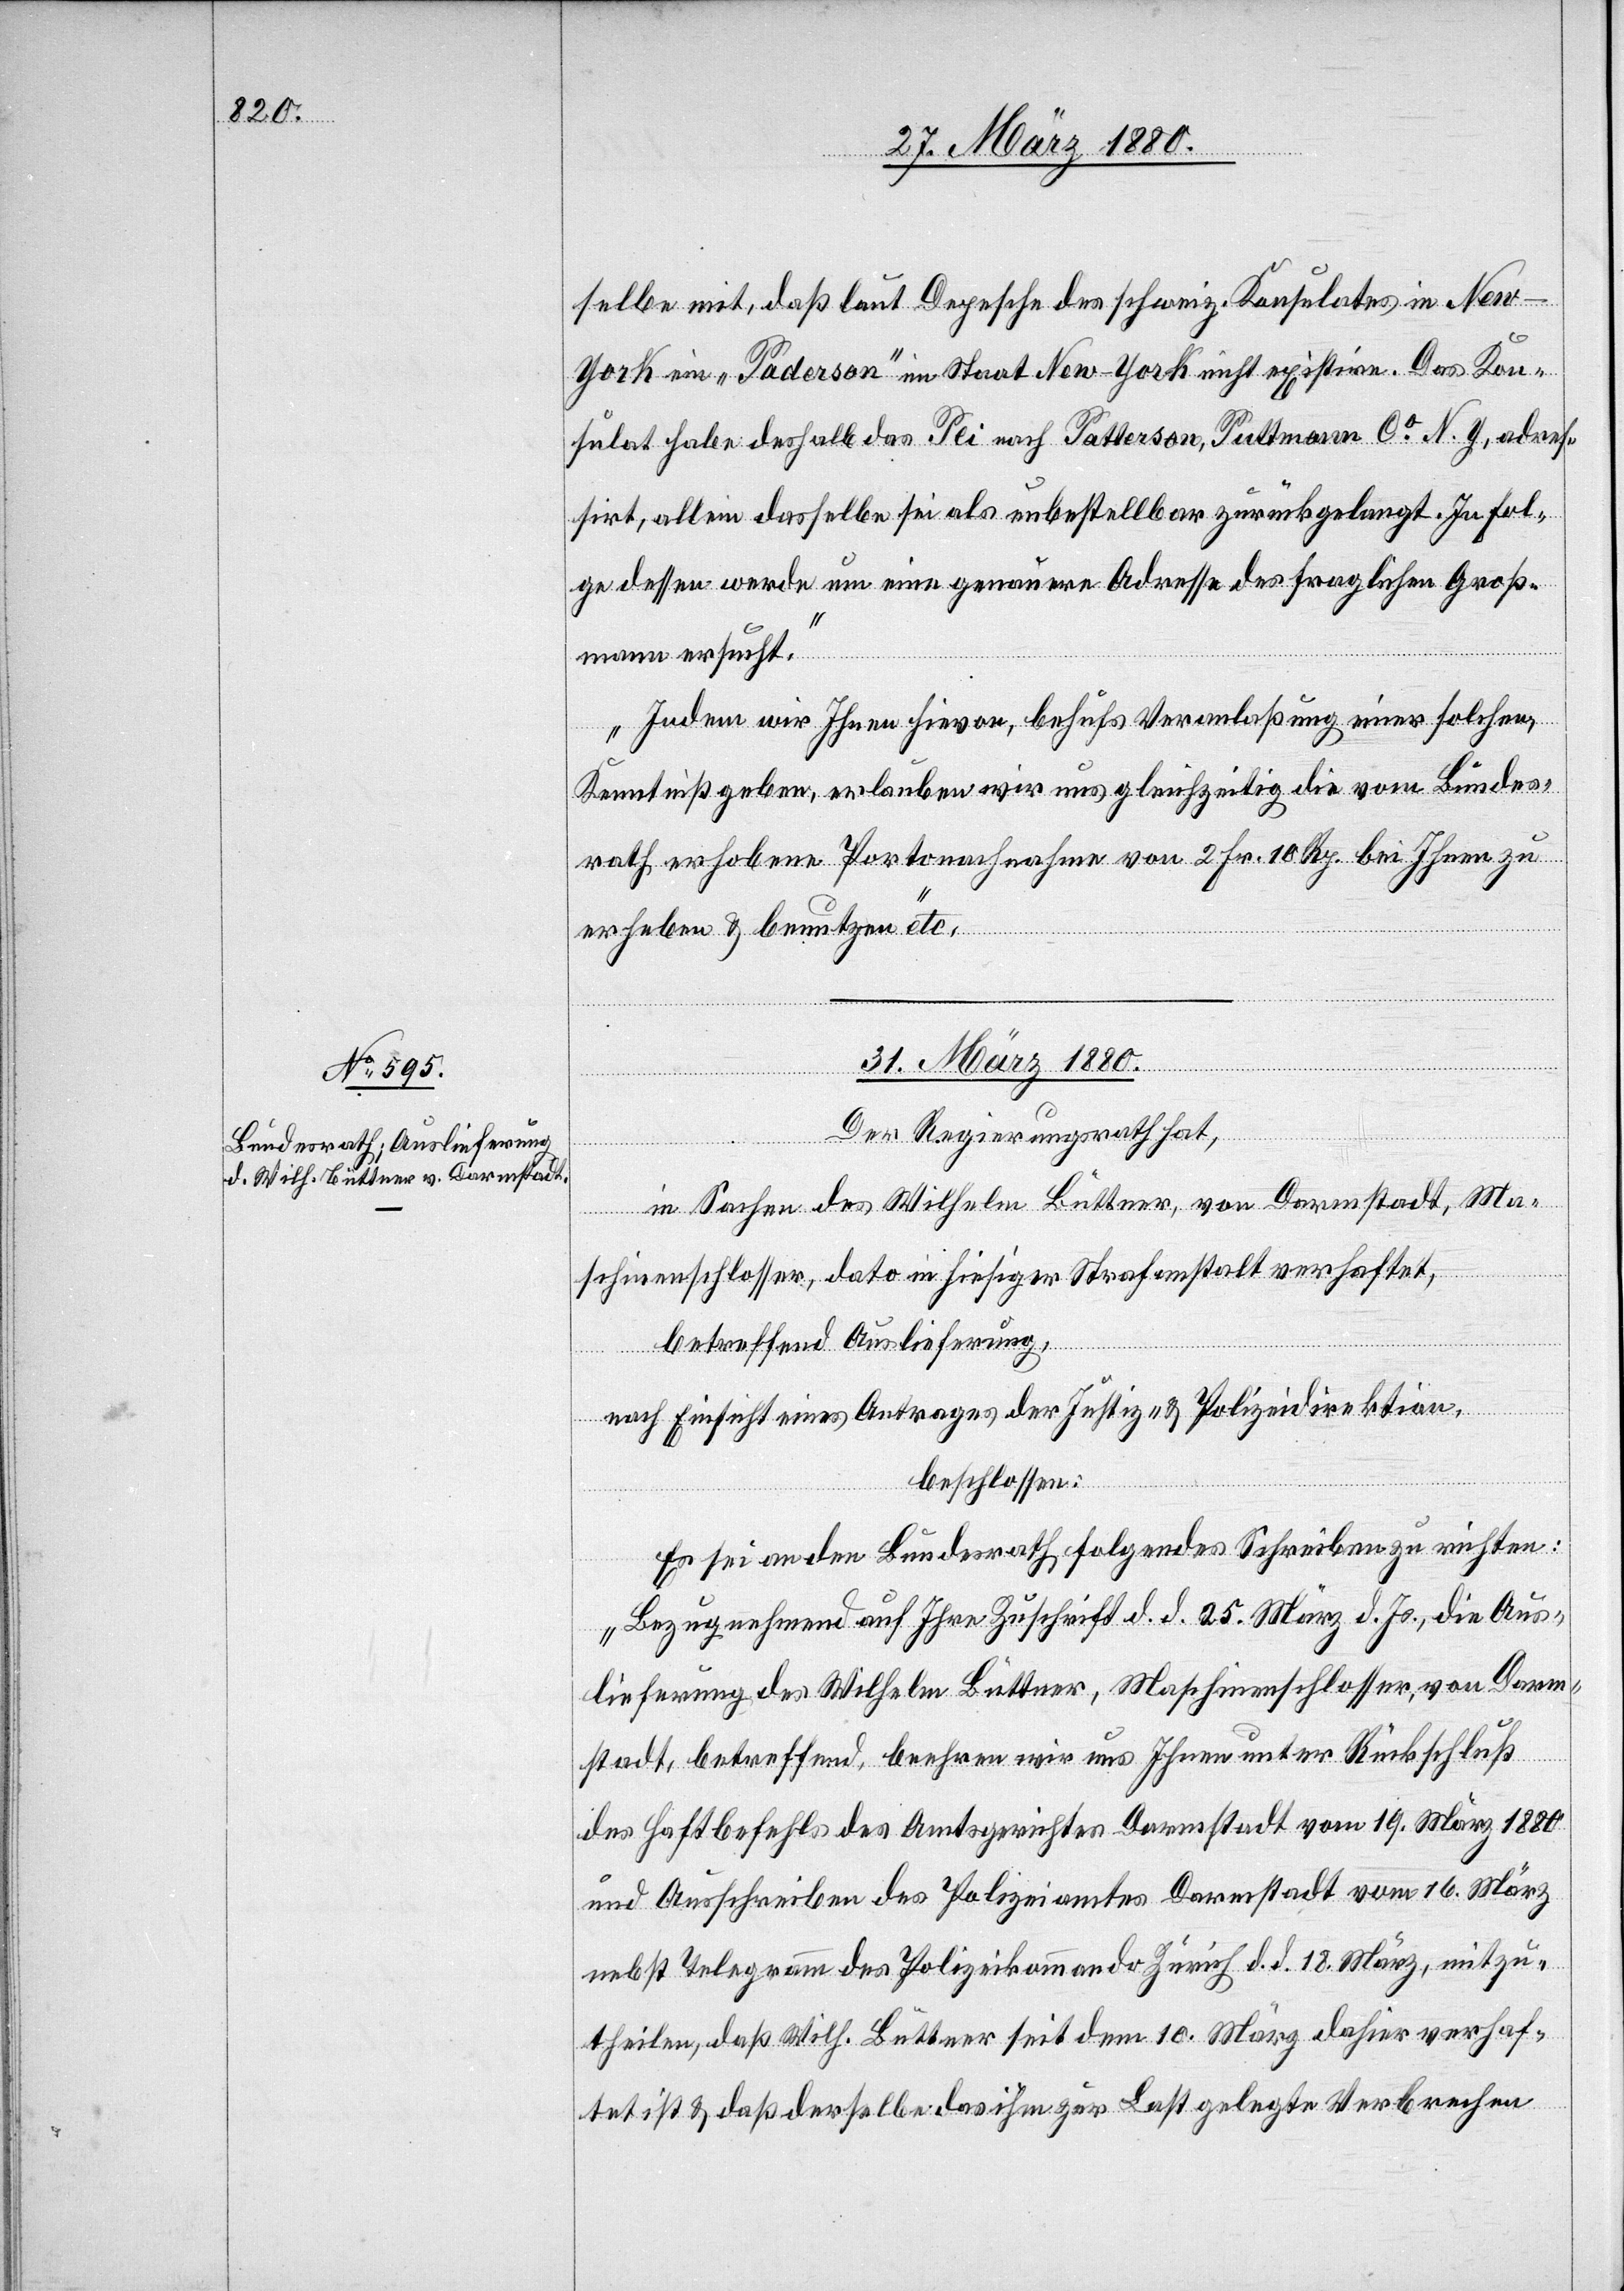
selbe mit, daß laut Depesche des schweiz. Konsulates in Ne¬
w-York ein „Paderson“ im Staat New-York nicht existire. Das Kon¬
sulat habe deshalb das Pli [sic!] nach Patterson, Puttman Co N. Y., adres¬
sirt, allein dasselbe sei als unbestellbar zurückgelangt. In Fol¬
ge dessen werde um eine genauere Adresse des fraglichen Groß¬
mann ersucht.
Indem wir Ihnen hievon, behufs Veranlaßung einer solchen,
Kenntniß geben, erlauben wir uns gleichzeitig die vom Bundes¬
rath erhobene Portonachnahme von 2 Fr. 10 Rp. bei Ihnen zu
erheben & benutzen“ etc.
31. März 1880.
Der Regierungsrath hat,
in Sachen des Wilhelm Büttner, von Darmstadt, Ma¬
schinenschlosser, dato in hiesiger Strafanstalt verhaftet,
betreffend Auslieferung,
nach Einsicht eines Antrages der Justiz- & Polizeidirektion,
beschlossen:
Es sei an den Bundesrath folgendes Schreiben zu richten:
„Bezugnehmend auf Ihre Zuschrift d. d. 25. März d. Js., die Aus¬
lieferung des Wilhelm Büttner, Maschinenschlosser, von Darm¬
stadt, betreffend, beehren wir uns Ihnen unter Rückschluß
des Haftbefehls des Amtsgerichtes Damrstadt vom 19. März
und Ausschreiben des Polizeiamtes Darmstadt vom 16. März
nebst Telegramm des Polizeikommando Zürich d. d. 18. März, mitzu¬
theilen, daß Wilh. Büttner seit dem 10. März dahier verhaf¬
tet & daß derselbe das ihm zur Last gelegte Verbrechen